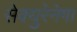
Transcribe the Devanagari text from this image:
सेक्युरेनेगा